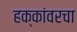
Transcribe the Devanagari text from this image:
हक्कांवरचा